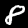
Digit: 8